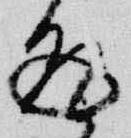
返